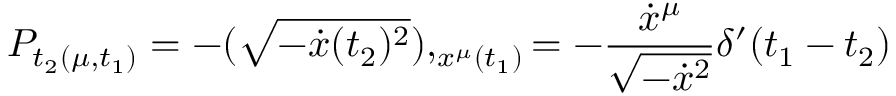
P _ { t _ { 2 } ( \mu , t _ { 1 } ) } = - ( \sqrt { - \dot { x } ( t _ { 2 } ) ^ { 2 } } ) , _ { x ^ { \mu } ( t _ { 1 } ) } = - { \frac { \dot { x } ^ { \mu } } { \sqrt { - \dot { x } ^ { 2 } } } } \delta ^ { \prime } ( t _ { 1 } - t _ { 2 } )